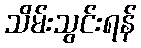
သိမ်းသွင်းရန်